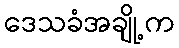
ဒေသခံအချို့က